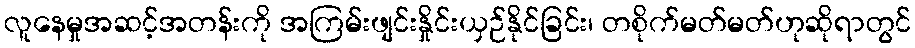
လူနေမှုအဆင့်အတန်းကို အကြမ်းဖျင်းနှိုင်းယှဉ်နိုင်ခြင်း၊ တစိုက်မတ်မတ်ဟုဆိုရာတွင်